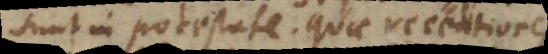
sunt in potestate. Quae recentiores